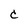
Character: c